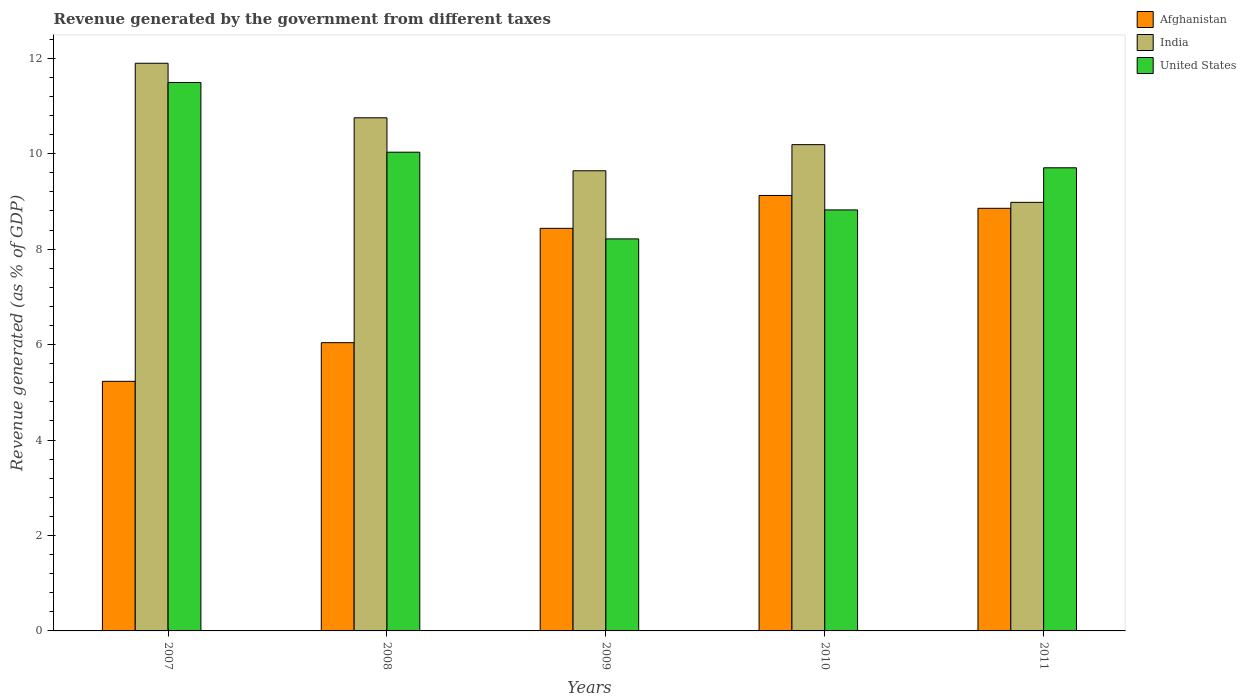
| Years | Afghanistan | India | United States |
 | --- | --- | --- | --- |
 | 2007 | 5.23 | 11.9 | 11.5 |
 | 2008 | 6.04 | 10.8 | 10 |
 | 2009 | 8.43 | 9.64 | 8.21 |
 | 2010 | 9.12 | 10.2 | 8.82 |
 | 2011 | 8.85 | 8.98 | 9.7 |